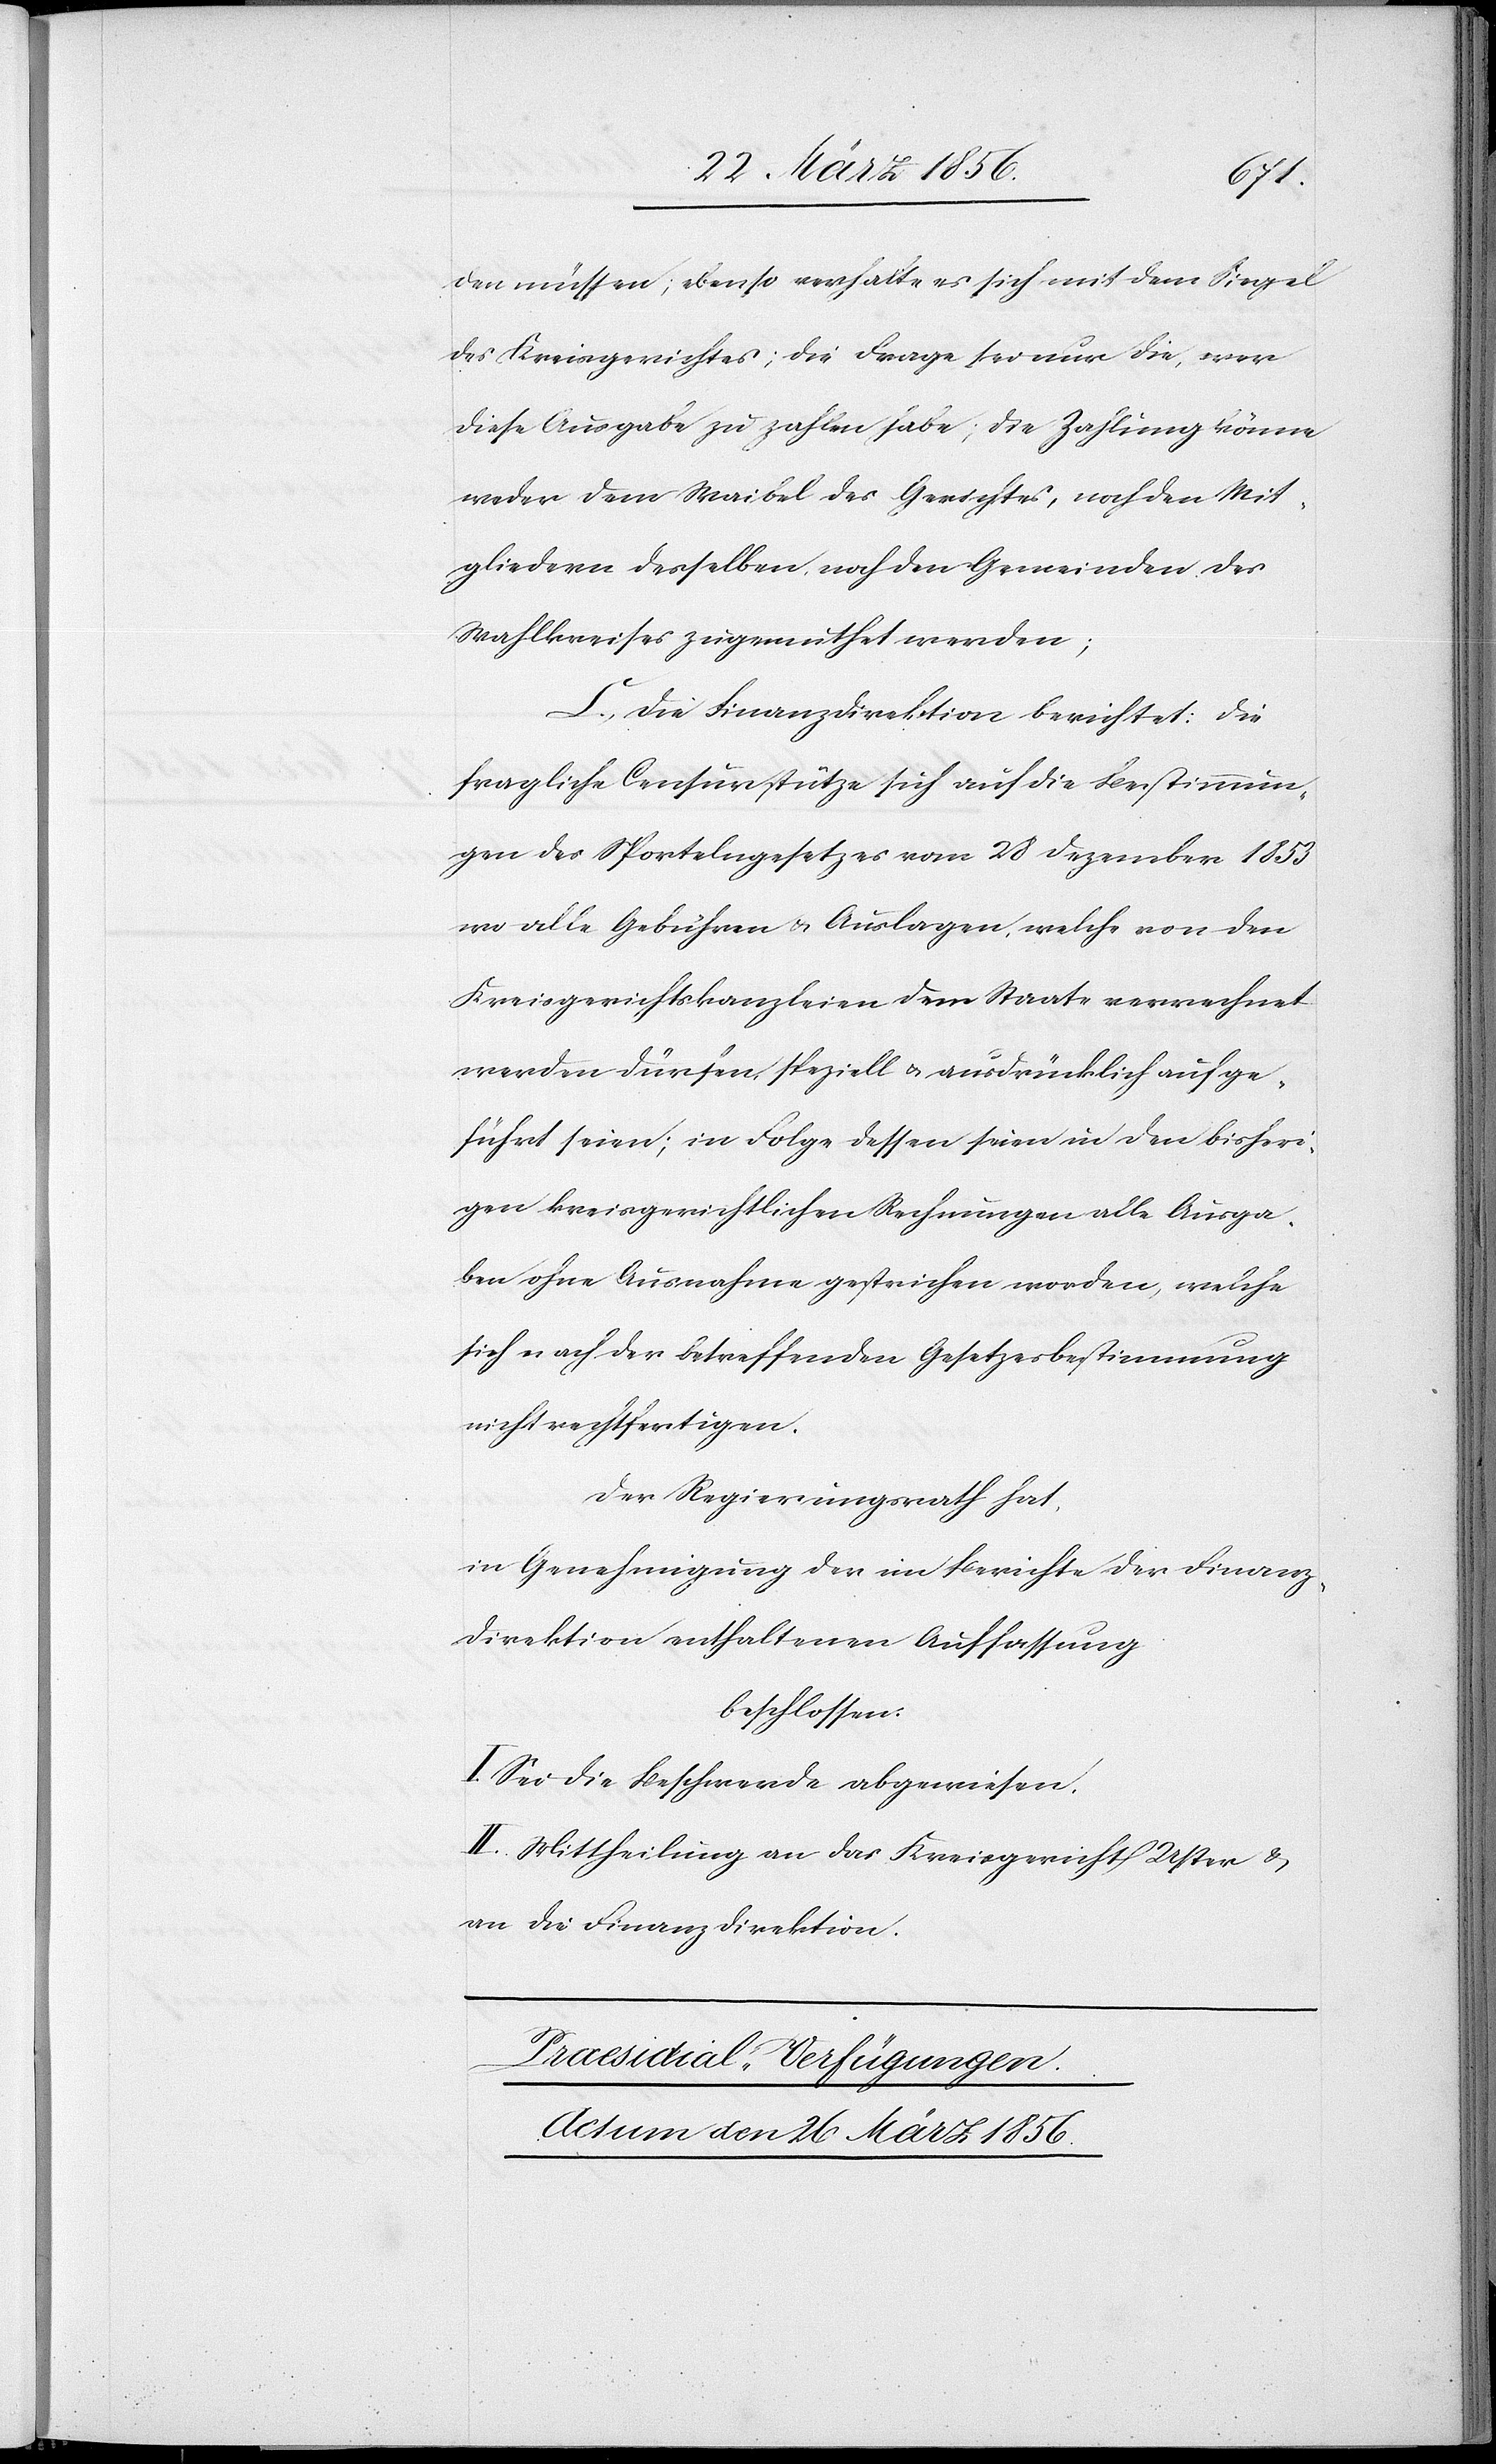
den müssen; ebenso verhalte es sich mit dem Siegel
des Kreisgerichtes; die Frage sei nur die, wer
diese Ausgabe zu zahlen habe; die Zahlung könne
weder dem Waibel des Gerichtes, noch den Mit¬
gliedern desselben, noch den Gemeinden des
Wahlkreises zugemuthet werden;
C., Die Finanzdirektion berichtet: Die
fragliche Censur stütze sich auf die Bestimmun¬
gen des Sportelngesetzes vom 28 Dezember 1853
wo alle Gebühren & Auslagen, welche von den
Kreisgerichtskanzleien dem Staate verrechnet
werden dürfen, speziell & ausdrücklich aufge¬
führt seien; in Folge dessen seien in den bisheri¬
gen kreisgerichtlichen Rechnungen alle Ausga¬
ben ohne Ausnahme gestrichen worden, welche
sich nach der betreffenden Gesetzesbestimmung
nicht rechtfertigen.
Der Regierungsrath hat,
in Genehmigung der im Berichte der Finanz¬
direktion enthaltenen Auffassung
beschlossen:
I. Sei die Beschwerde abgewiesen.
II. Mittheilung an das Kreisgericht Uster &
an die Finanzdirektion.
Praesidial-Verfügungen.
Actum den 26 März 1856.